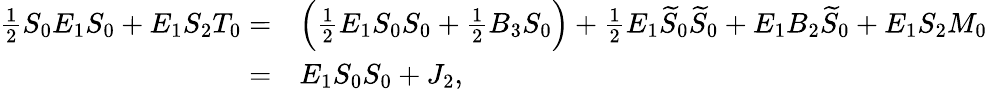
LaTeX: \begin{array}{rl}{\frac{1}{2}S_{0}E_{1}S_{0}+E_{1}S_{2}T_{0}=}&{\Big(\frac{1}{2}E_{1}S_{0}S_{0}+\frac{1}{2}B_{3}S_{0}\Big)+\frac{1}{2}E_{1}\widetilde{S}_{0}\widetilde{S}_{0}+E_{1}B_{2}\widetilde{S}_{0}+E_{1}S_{2}M_{0}}\\ {=}&{E_{1}S_{0}S_{0}+J_{2},}\end{array}